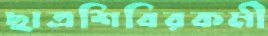
ছাত্রশিবিরকর্মী